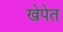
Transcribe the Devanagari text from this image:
खेपेत